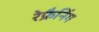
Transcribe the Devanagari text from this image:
रेफ्रैनिंग